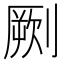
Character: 劂